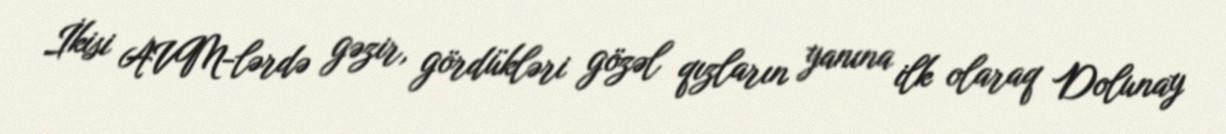
İkisi AVM-lərdə gəzir, gördükləri gözəl qızların yanına ilk olaraq Dolunay